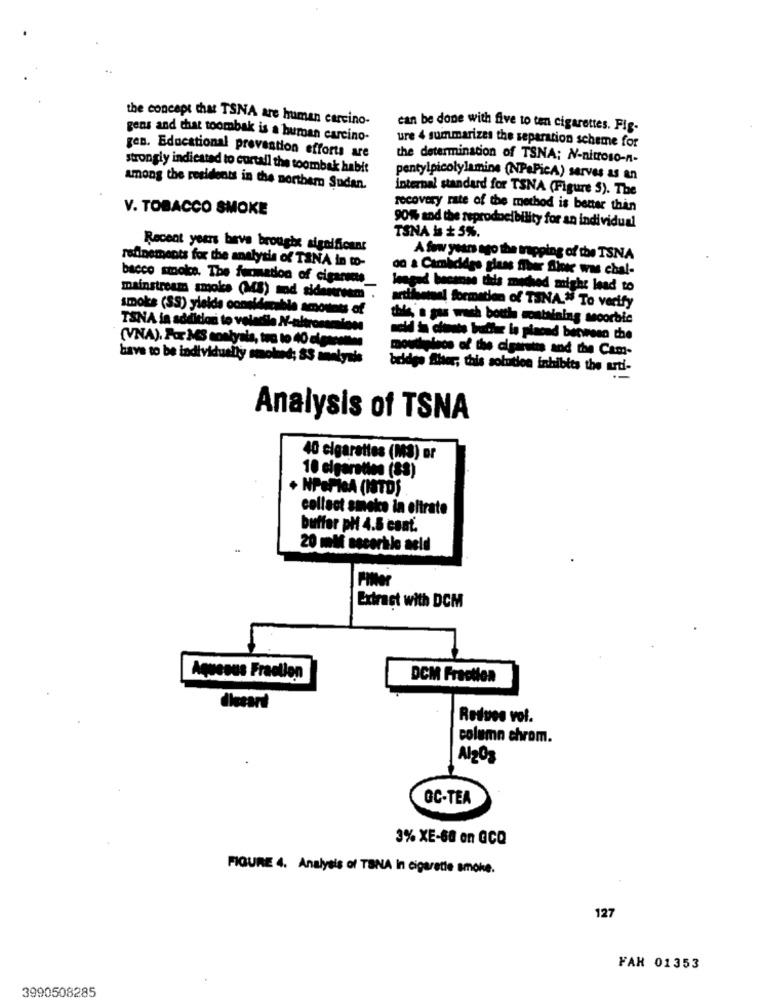
the concept that TSNA are human carcino-
can be done with five to ten cigarettes. Fig-
gens and that toombak is a human carcino-
ure 4 summarizes the separation scheme for
gen. Educational prevention efforts are
the determination of TSNA: N-nitroso-n-
strongly indicated to curtall the toombak habit
pentylpicolylamine (NPePicA) serves as an
among the residents in the northem Sudan.
internal standard for TSNA (Figure 5). The
V. TOBACCO SMOKE
recovery rate of the method is better than
90% and the reproducibility for an individual
TSNA Is + 5%.
Recent years beve brough significant
A few years ago the mapping of the TSNA
refinements for the analysis of TANA in to-
on & Cambidiégo glass fiber Sine was chal-
bacco stoics. The formation of cigarsas
lesend bessone tids mowhed might lead to
mainstream smoke (MB) mod sidentreem .
smoke (SS) yields considerable amount of
hotel formation of TINA." To verify
be' ga wach both mountaining secorbic
TSNA in addition to volatile N-altrosamion
(VNA). For MES sontyais, tra to 40 cigarewe
mouthnincs of the cigaretts and the Cam-
have to be individually smoked; 83 analysis
bridge Alter, this solution inhibits the arti-
Analysis of TSNA
40 cigarettes (MS) er
10 cigaration (88)
+ NPOPIGA (ISTDS
collect smoke in eltrate
buffer pl 4.5 cant.
20 mil sscortile aeld
Filter
Extract with DCM
Aqueous Fraellen
DCM Fraction
dleesri
Redues vol.
column chrom.
Al2O3
GC-TEA
3% XE-68 on GCQ
FIGURE 4. Analysis of TBNA In cigarette smoke.
127
FAR 01353
3990508285